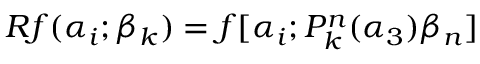
R f ( \alpha _ { i } ; \beta _ { k } ) = f [ \alpha _ { i } ; P _ { k } ^ { n } ( \alpha _ { 3 } ) \beta _ { n } ]